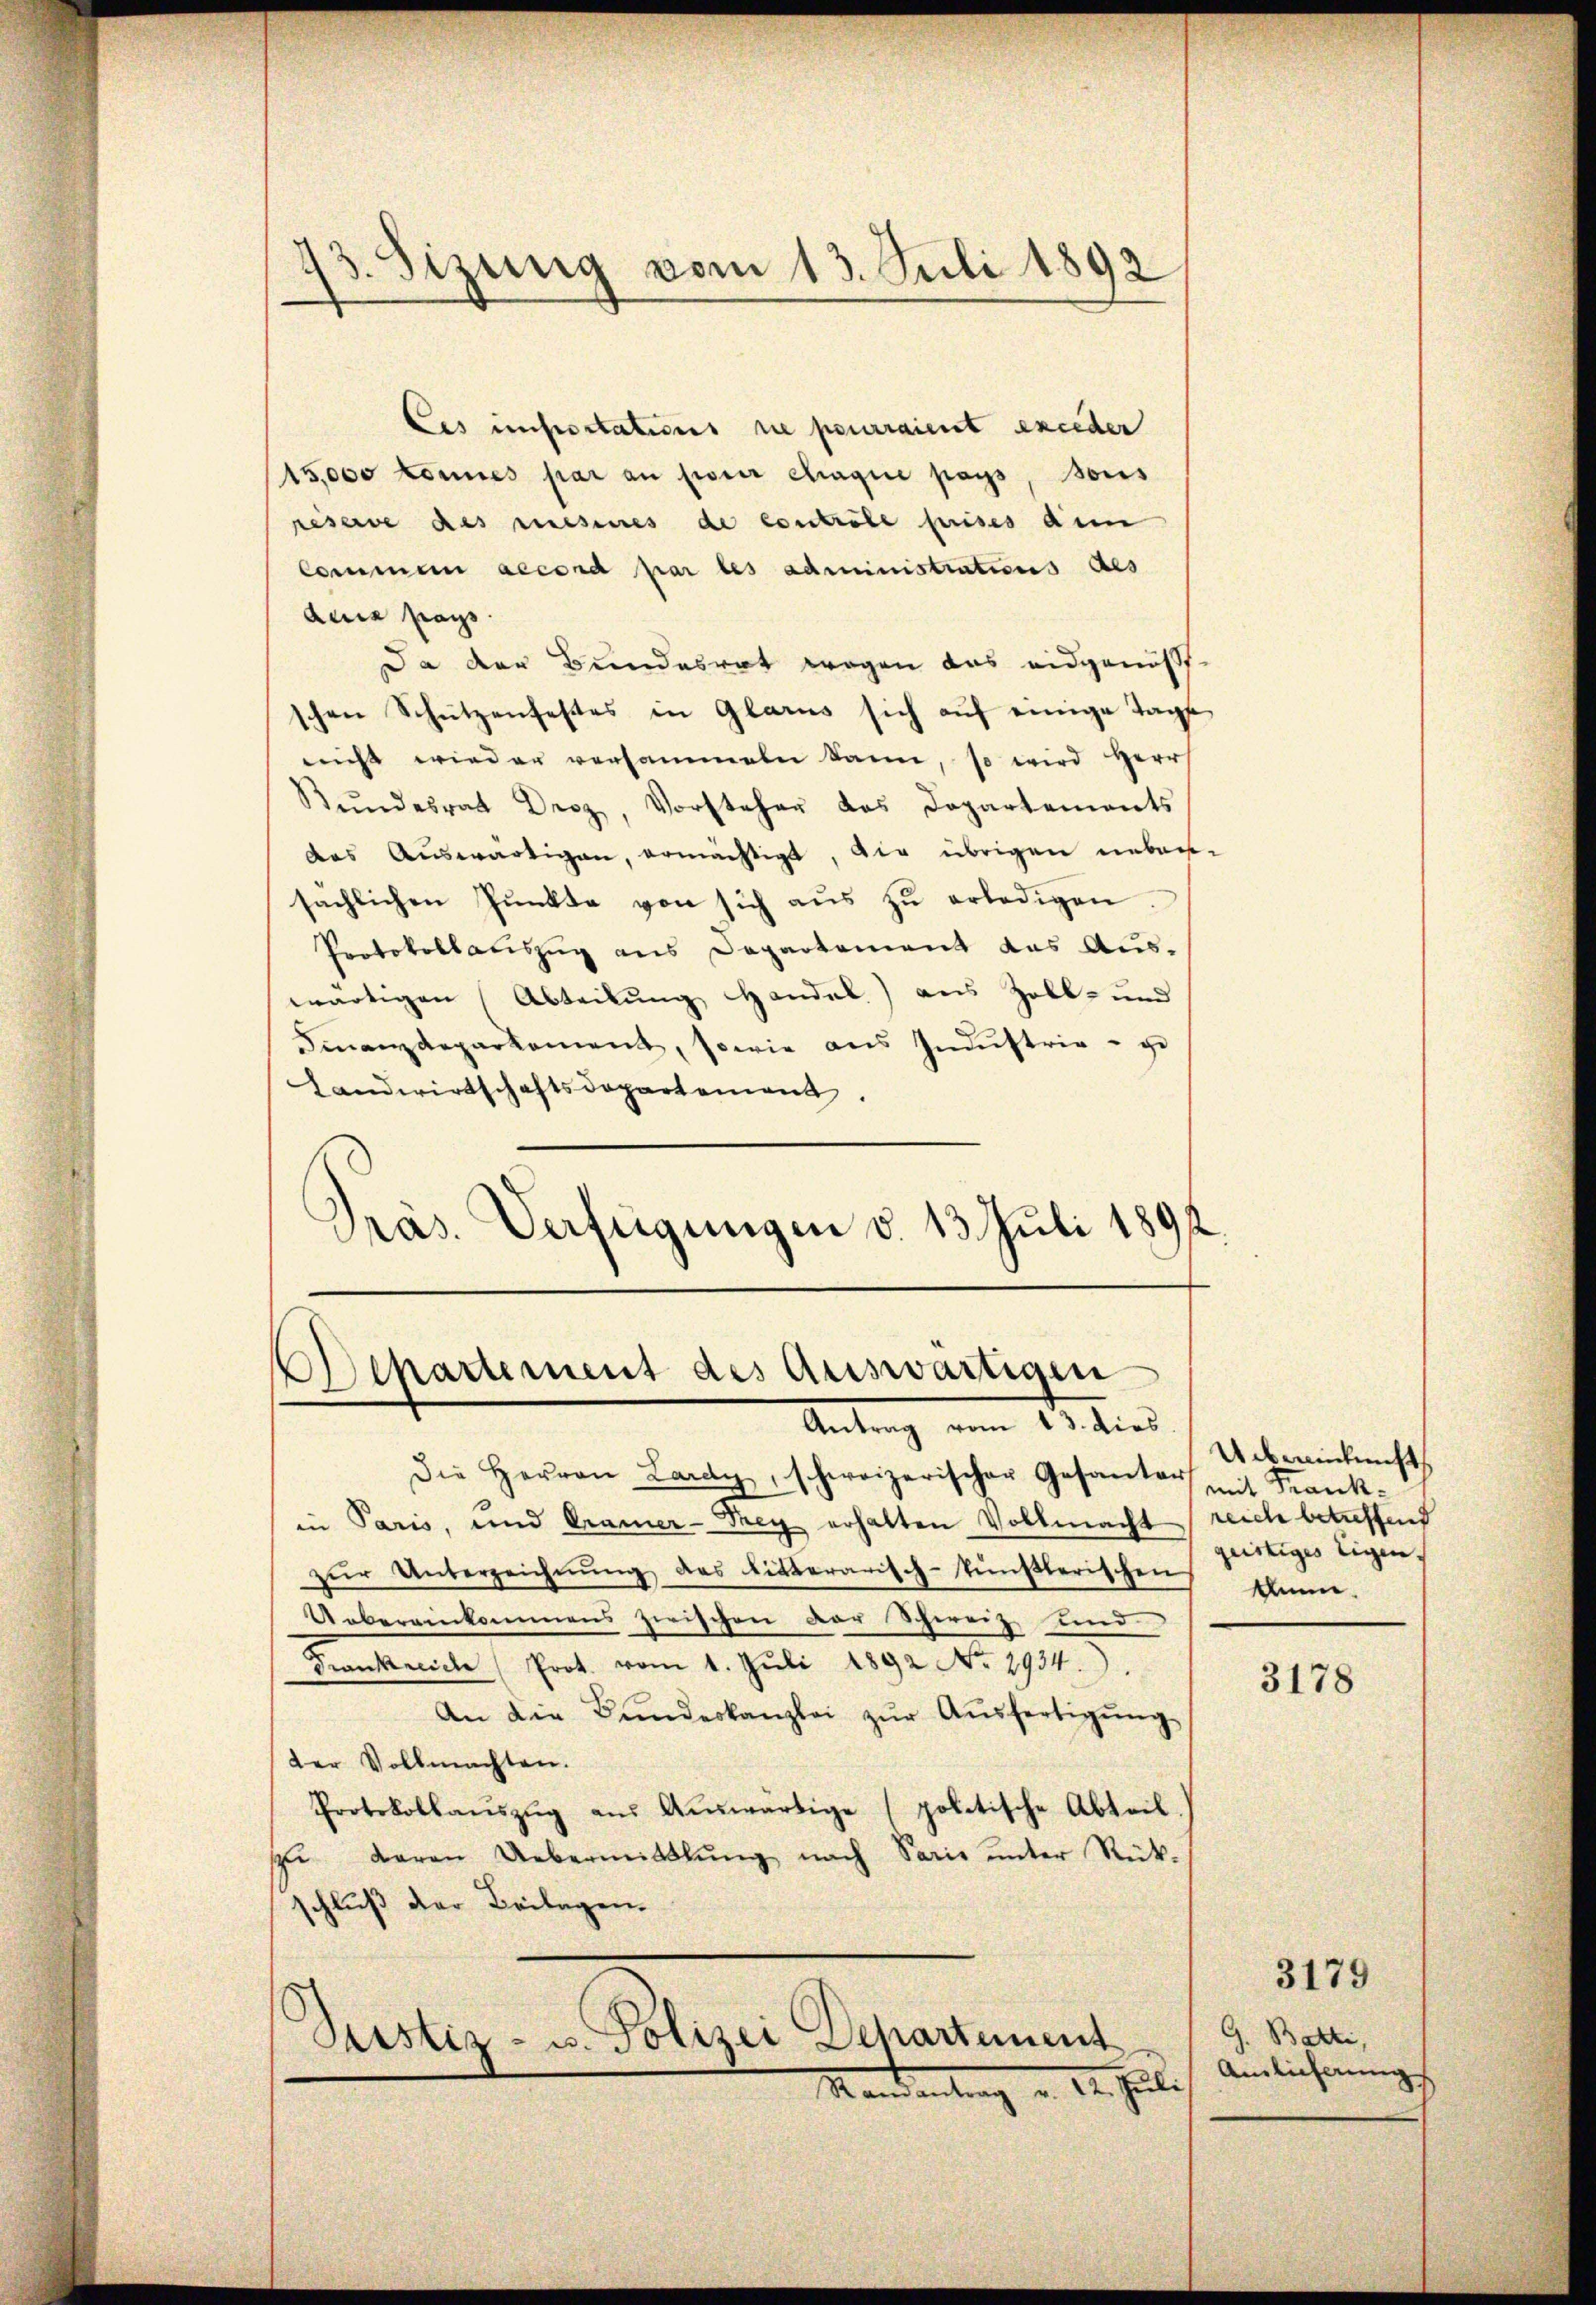
73. Sizung vom 13. Juli 1892
e

Ces unserstations sie peurraient exceden
(15,000 konnes par an pour chaque pays, sous
resare des mesines de controle puises den
Commen accord par les administrations des
Auia pass.
Da der Bundesrat wegen das eidgenößschen Schützenfestes in Glarus sich aŭf einige Tage
nicht wieder versammeln kann, so wird Herr
Bŭndesrat Droz, Vorsteher das Departements
das Auswärtigen, ermächtigt, die übrigen neben-
sächlichen Punkte von sich aus zu erledigen
Protokollatiszug aus Departement das Auswärtigen (Abteilung Handel) aus Zoll- und
Finanzdeparkament, sowie ans Indŭstrie - ge
Landwirtschaftsdepartement.
Präs. Verfügungen d. 13. Juli 189

Departement des Auswärtigen
Antrag vom 13. dies.

Die Herrn Lardy, schweizerischer Gesanter mit Frank-
in Paris, und Cramer-Prey erhalten Vollmacht reich betreffend
zŭr Unterzeichnŭng des Litterarisch-künstlerischen
Uebereinkommens zwischen der Schweiz und
Frankreiche Prot. vom 1. Juli 1892 No 2934.
An die Bŭndeskanzlei zŭr Aŭsfertigŭng
der Vollmachten.
Protokollaŭszŭg aŭs Aŭswärtige (politische Abteil.
zŭ daran Uebermittlung nach Sarie ŭnter Rück-
schluß der Beilagen.
Sistiz- u. Polizei Departement

Kandentrag v. 1. Juli

Uebereinkunft
geistiges Eigen¬
Annn.

3178

J. Batti,
Anlieferung

3179